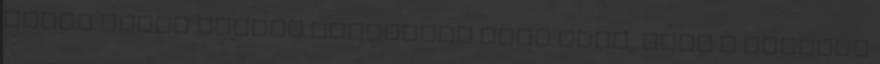
Seoul Tower kilátó tetejéről Régi álma, hogy a francia